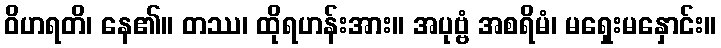
ဝိဟရတိ၊ နေ၏။ တဿ၊ ထိုရဟန်းအား။ အပုဗ္ဗံ အစရိမံ၊ မရှေးမနှောင်း။